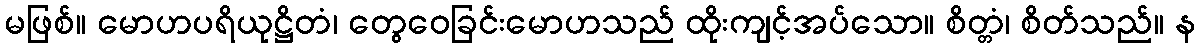
မဖြစ်။ မောဟပရိယုဋ္ဌိတံ၊ တွေဝေခြင်းမောဟသည် ထိုးကျင့်အပ်သော။ စိတ္တံ၊ စိတ်သည်။ န